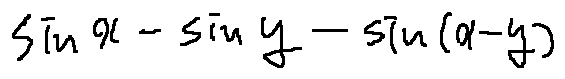
\sin x - \sin y - \sin ( x - y )